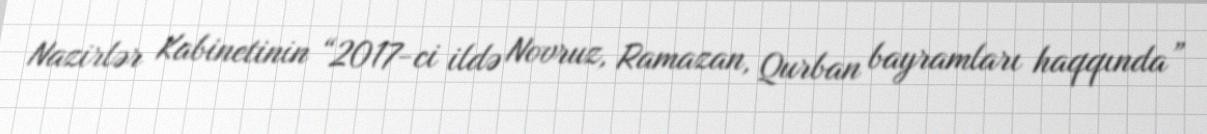
Nazirlər Kabinetinin “2017-ci ildə Novruz, Ramazan, Qurban bayramları haqqında”